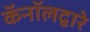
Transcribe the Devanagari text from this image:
कॅनॉलद्वारे